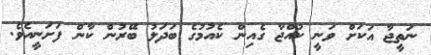
ނަތީޖާ އަކަށް ވަނީ ކުއްޖާ ގެއިން ކެއުމުގެ ބަދަލު ބޭރުން ކާން ފަށަނީއެވެ.